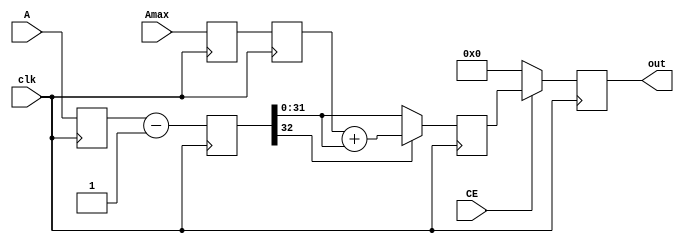
// ***************************************************************************
// ***************************************************************************
// Copyright 2014 - 2017 (c) Analog Devices, Inc. All rights reserved.
//
// In this HDL repository, there are many different and unique modules, consisting
// of various HDL (Verilog or VHDL) components. The individual modules are
// developed independently, and may be accompanied by separate and unique license
// terms.
//
// The user should read each of these license terms, and understand the
// freedoms and responsibilities that he or she has by using this source/core.
//
// This core is distributed in the hope that it will be useful, but WITHOUT ANY
// WARRANTY; without even the implied warranty of MERCHANTABILITY or FITNESS FOR
// A PARTICULAR PURPOSE.
//
// Redistribution and use of source or resulting binaries, with or without modification
// of this file, are permitted under one of the following two license terms:
//
//   1. The GNU General Public License version 2 as published by the
//      Free Software Foundation, which can be found in the top level directory
//      of this repository (LICENSE_GPL2), and also online at:
//      <https://www.gnu.org/licenses/old-licenses/gpl-2.0.html>
//
// OR
//
//   2. An ADI specific BSD license, which can be found in the top level directory
//      of this repository (LICENSE_ADIBSD), and also on-line at:
//      https://github.com/analogdevicesinc/hdl/blob/master/LICENSE_ADIBSD
//      This will allow to generate bit files and not release the source code,
//      as long as it attaches to an ADI device.
//
// ***************************************************************************
// ***************************************************************************

// A simple adder/substracter width preconfigured input ports width and turn-around value
// Output = A - B_constant or A + B_constant
// Constraints: Awidth >= Bwidth

`timescale 1ns/1ps

module ad_addsub #(

  parameter   A_DATA_WIDTH = 32,
  parameter   B_DATA_VALUE = 32'h1,
  parameter   ADD_OR_SUB_N = 0) (
  input                   clk,
  input       [(A_DATA_WIDTH-1):0]  A,
  input       [(A_DATA_WIDTH-1):0]  Amax,
  output  reg [(A_DATA_WIDTH-1):0]  out,
  input                   CE);


  localparam  ADDER = 1;
  localparam  SUBSTRACTER = 0;

  // registers

  reg     [A_DATA_WIDTH:0]       out_d = 'b0;
  reg     [A_DATA_WIDTH:0]       out_d2 = 'b0;
  reg     [(A_DATA_WIDTH-1):0]   A_d = 'b0;
  reg     [(A_DATA_WIDTH-1):0]   Amax_d = 'b0;
  reg     [(A_DATA_WIDTH-1):0]   Amax_d2 = 'b0;

  // constant regs

  reg     [(A_DATA_WIDTH-1):0]   B_reg = B_DATA_VALUE;

  // latch the inputs

  always @(posedge clk) begin
      A_d <= A;
      Amax_d <= Amax;
      Amax_d2 <= Amax_d;
  end

  // ADDER/SUBSTRACTER

  always @(posedge clk) begin
    if ( ADD_OR_SUB_N == ADDER ) begin
      out_d <= A_d + B_reg;
    end else begin
      out_d <= A_d - B_reg;
    end
  end

  // Resolve

  always @(posedge clk) begin
    if ( ADD_OR_SUB_N == ADDER ) begin
      if ( out_d > Amax_d2 ) begin
        out_d2 <= out_d - Amax_d2;
      end else begin
        out_d2 <= out_d;
      end
    end else begin // SUBSTRACTER
      if ( out_d[A_DATA_WIDTH] == 1'b1 ) begin
        out_d2 <= Amax_d2 + out_d;
      end else begin
        out_d2 <= out_d;
      end
    end
  end

  // output logic

  always @(posedge clk) begin
    if ( CE ) begin
      out <= out_d2;
    end else begin
      out <= 'b0;
    end
  end

endmodule